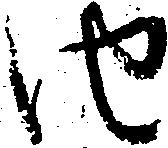
由